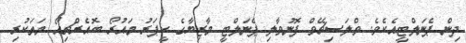
ދިން ޕެނަލްޓީއެކެވެ. ވްލަސިޗޭވް ފޮނުވާލި ޕެނަލްޓީ މާޒިޔާގެ ކީޕަރު މައުރޯ ބޮއެރްޗިއޯ މަތަކުރި